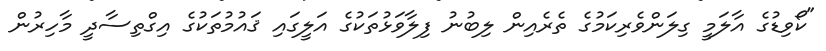
"ކޯވިޑުގެ އާލަމީ ގިލަންވެރިކަމުގެ ތެރެއިން ލިބުނު ފިލާވަޅުތަކުގެ އަލީގައި ޤައުމުތަކުގެ އިގްތިސާދީ މާހިރުން